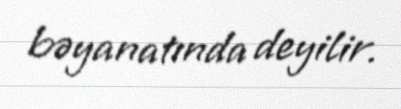
bəyanatında deyilir.